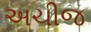
અચીજ